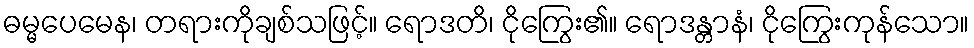
ဓမ္မပေမေန၊ တရားကိုချစ်သဖြင့်။ ရောဒတိ၊ ငိုကြွေး၏။ ရောဒန္တာနံ၊ ငိုကြွေးကုန်သော။